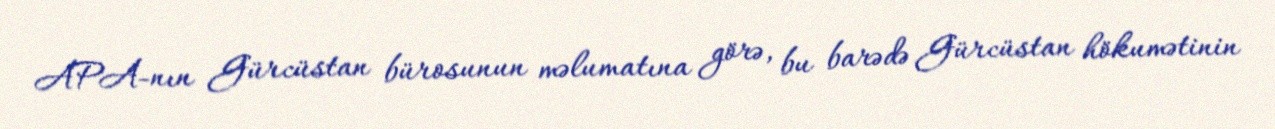
APA-nın Gürcüstan bürosunun məlumatına görə, bu barədə Gürcüstan hökumətinin